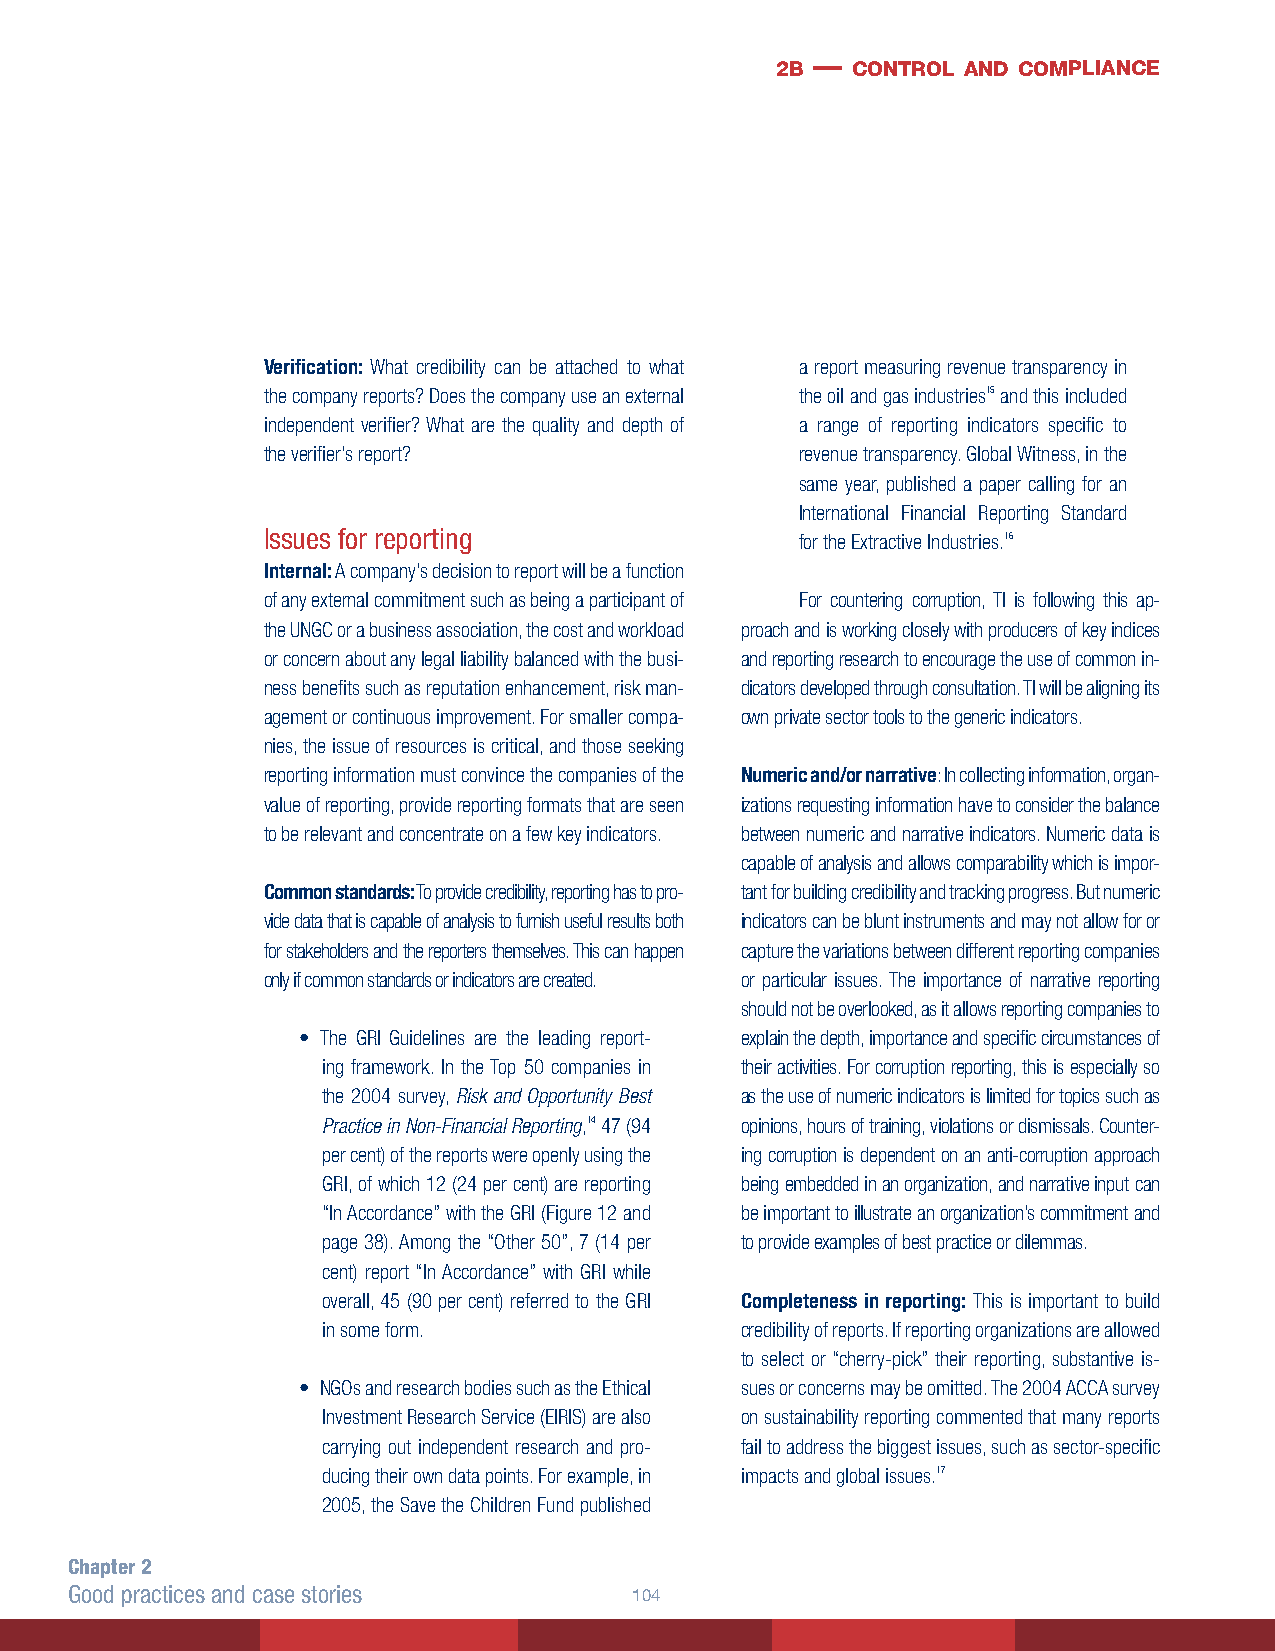
2b — control and compliance
 Verification: What credibility can be attached to what a report measuring revenue transparency in
 the company reports? Does the company use an external the oil and gas industries15 and this included
 independent verifier? What are the quality and depth of a range of reporting indicators specific to
 the verifier’s report?              revenue transparency. Global Witness, in the
 same year, published a paper calling for an
 International Financial Reporting Standard
 Issues for reporting                for the Extractive Industries.16
 Internal: A company’s decision to report will be a function
 of any external commitment such as being a participant of For countering corruption, TI is following this ap-
 the UNGC or a business association, the cost and workload proach and is working closely with producers of key indices
 or concern about any legal liability balanced with the busi- and reporting research to encourage the use of common in-
 ness benefits such as reputation enhancement, risk man- dicators developed through consultation. TI will be aligning its
 agement or continuous improvement. For smaller compa- own private sector tools to the generic indicators.
 nies, the issue of resources is critical, and those seeking
 reporting information must convince the companies of the Numeric and/or narrative: In collecting information, organ-
 value of reporting, provide reporting formats that are seen izations requesting information have to consider the balance
 to be relevant and concentrate on a few key indicators. between numeric and narrative indicators. Numeric data is
 capable of analysis and allows comparability which is impor-
 Common standards: To provide credibility, reporting has to pro- tant for building credibility and tracking progress. But numeric
 vide data that is capable of analysis to furnish useful results both indicators can be blunt instruments and may not allow for or
 for stakeholders and the reporters themselves. This can happen capture the variations between different reporting companies
 only if common standards or indicators are created. or particular issues. The importance of narrative reporting
 should not be overlooked, as it allows reporting companies to
 • The GRI Guidelines are the leading report- explain the depth, importance and specific circumstances of
 ing framework. In the Top 50 companies in their activities. For corruption reporting, this is especially so
 the 2004 survey, Risk and Opportunity Best as the use of numeric indicators is limited for topics such as
 Practice in Non-Financial Reporting,14 47 (94 opinions, hours of training, violations or dismissals. Counter-
 per cent) of the reports were openly using the ing corruption is dependent on an anti-corruption approach
 GRI, of which 12 (24 per cent) are reporting being embedded in an organization, and narrative input can
 “In Accordance” with the GRI (Figure 12 and be important to illustrate an organization’s commitment and
 page 38). Among the “Other 50”, 7 (14 per to provide examples of best practice or dilemmas.
 cent) report “In Accordance” with GRI while
 overall, 45 (90 per cent) referred to the GRI Completeness in reporting: This is important to build
 in some form.               credibility of reports. If reporting organizations are allowed
 to select or “cherry-pick” their reporting, substantive is-
 • NGOs and research bodies such as the Ethical sues or concerns may be omitted. The 2004 ACCA survey
 Investment Research Service (EIRIS) are also on sustainability reporting commented that many reports
 carrying out independent research and pro- fail to address the biggest issues, such as sector-specific
 ducing their own data points. For example, in impacts and global issues.17
 2005, the Save the Children Fund published
 Chapter 2
 Good practices and case stories      104